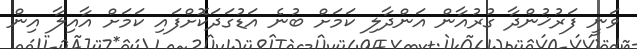
ވަނީ ފަރުޚުންދާ ގުރުއާން އަންދާލި ކަމަށް ބުނެ އަޑުގަދަކޮށްފައި ކަމަށް އާއިލާ އިން